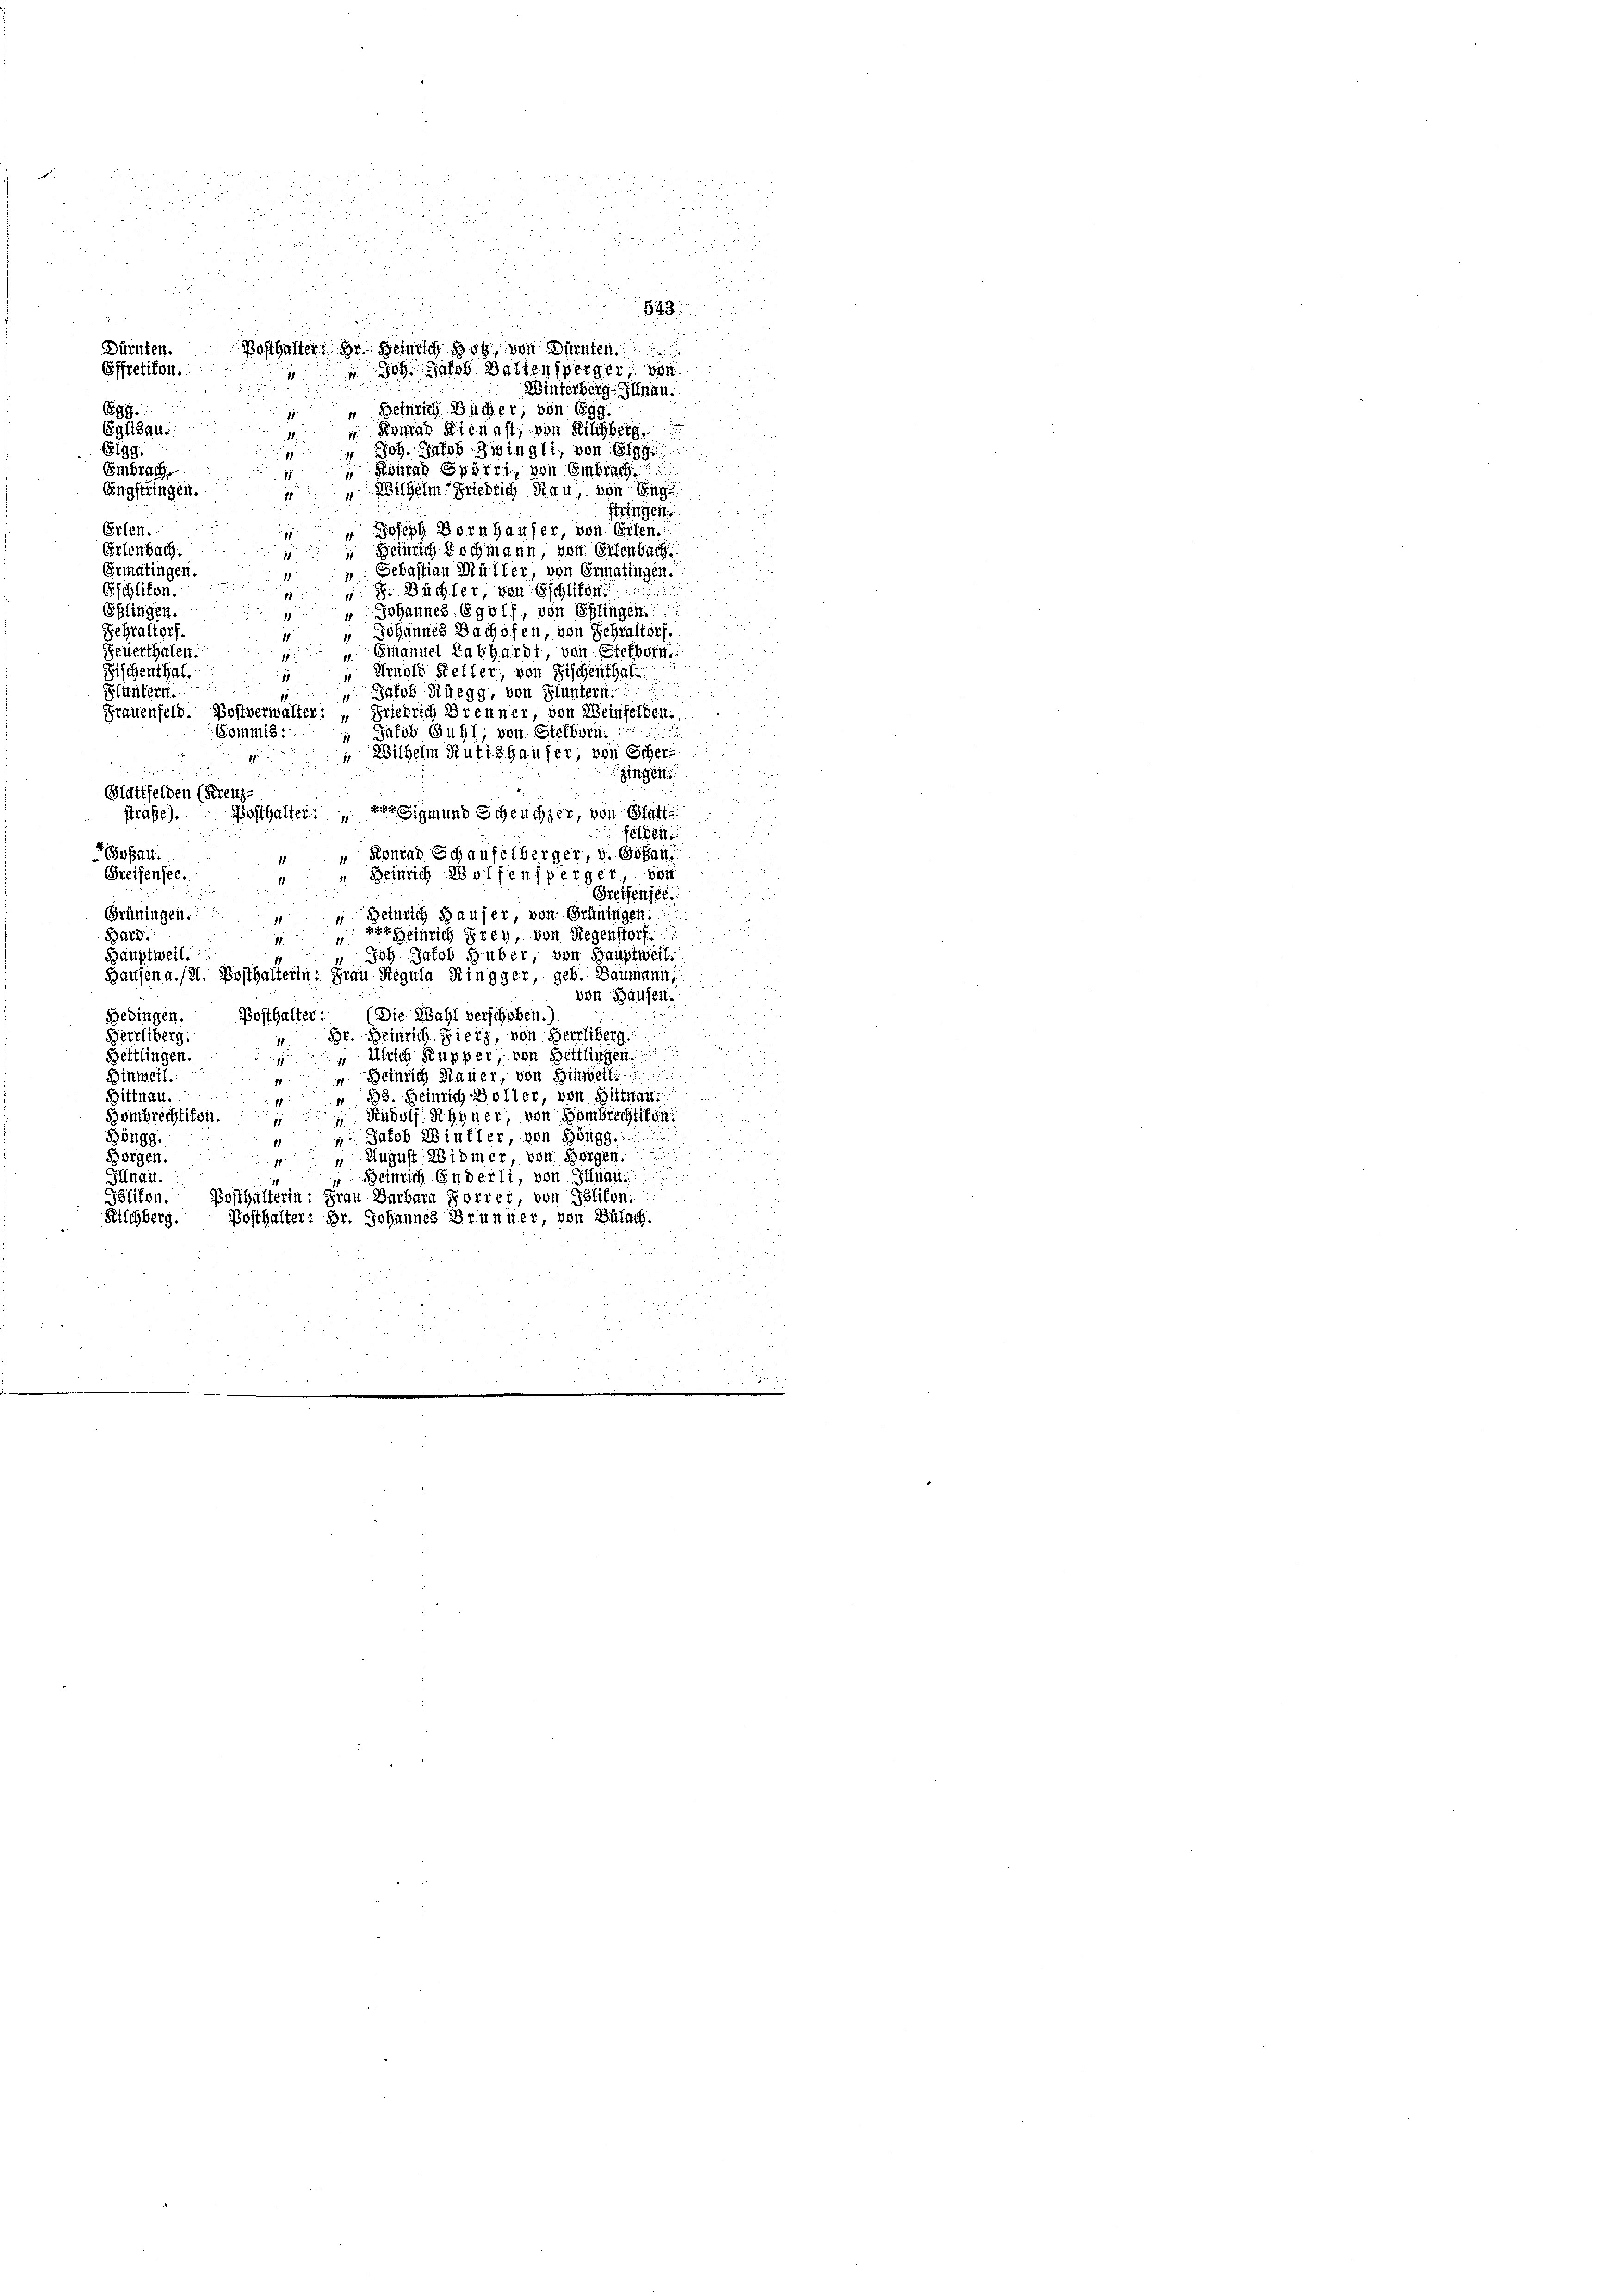
.
.

s
.
.

2
2

d

i

2
.
 2 f 2
543

1
 1
Posthalter: Dr. Heinrich so von Dürnten
oh Jacob Ballensperger, von
n
Winterberg-Illnau.
699.
 Heinrich Bücher, von 699.
u
Eglisau.
Bonas Kienast, von Fischberg

 Joh. Jacob Zwingli, von Elgg
6199.

Embrach
ena Spörri, von Embrach
Engstringen.
Wilhelm Friedrich Rau, von Eng
tzner
Erfen.
Joseph Dornhauser, von Orten
Erlenbach.
 Heinrich kochmann, von Erlenbach.
 Sebastian Müller, von Ermatingen.
Ermatingen.
Eschlifen.
 Büchler, von Eschliton
u
Sglingen.
Johannes Egolf, von Eglingen.
Johannes Bachofen, von Fehraltorf.
Schraltorf.
Feuerthalen.
Emanuel Labhardt, von Sterbrin
11
Fischenthal.
Arnold Keller, von Fischenthal
Fluntern.
 Jakob Rüegg, von Fluntern
Frauenfeld. Postverwalter: „Friedrich Brenner, von Weinfelden.
Jakob Guhl, von Steffern.
Commis
"Wilhelm Rutishauser, von Scher
zingen
Stattfelden (Kreuz-
Posthalter.  Der Sigmund Scheuchzer, von Glatt
strafe).
felden
Goßau.
Konrad Schaufelberger, v. Gesan
Beinrich Wolfensperger, von
Greifensee.
11
Greifensee.
Grüningen.
Heinrich Hauser, von Grüningen.
ver Heinrich Frey, von Regenstorf
Bard:
un
Bauptweil.
Joh Jakob Huber, von Hauptwert.
Hausen a. (2. Posthalterin: Frau Regula Ringger geb. Baumann
von Hausen
(Die Wahl verschoben.
Bebingen. Posthalter:
Berrliberg.
Br. Heinrich Fierz, von Herrliberg
.
Bettlingen. Ulrich Rupper, von Hettlingen
 x
Binweil.
 Heinrich Mauer, von Hinweil
Hittnau. 83. Heinrich Bolter, von Hittnau
Rudolf Rhyner, von Hombrechtikon
Hombrechtikon.
Böngg.
 Jakob Winkler, von Höngg.
Borgen.
 August Widmer, von Horgen.

s
Heinrich Enderli, von Illnau
Illnau.
1
Slifen. Bosthalterin: Frau Barbara Forrer, von Politon
Kilchberg. Posthalter: Hr. Johannes Brunner, von Bülach.

Dürnten.
Effretikon.

i

a
2